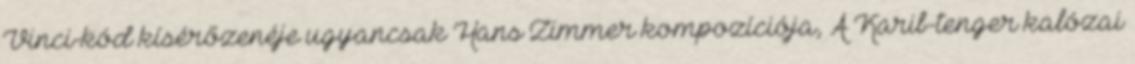
Vinci-kód kísérőzenéje ugyancsak Hans Zimmer kompozíciója, A Karib-tenger kalózai